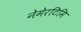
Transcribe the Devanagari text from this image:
नेमेरटिमि